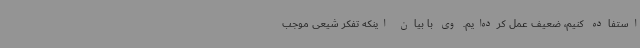
استفاده کنیم، ضعیف عمل کرده‌ایم. وی با بیان اینکه تفکر شیعی موجب